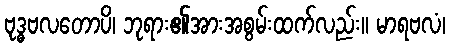
ဗုဒ္ဓဗလတောပိ၊ ဘုရား၏အားအစွမ်းထက်လည်း။ မာရဗလံ၊